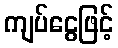
ကျပ်ငွေဖြင့်